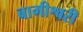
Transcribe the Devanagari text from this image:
बागीश्वरी